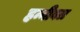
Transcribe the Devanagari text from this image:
हन्नीबल